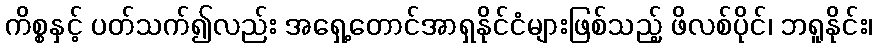
ကိစ္စနှင့် ပတ်သက်၍လည်း အရှေ့တောင်အာရှနိုင်ငံများဖြစ်သည့် ဖိလစ်ပိုင်၊ ဘရူနိုင်း၊